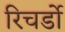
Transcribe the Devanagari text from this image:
रिचर्डो